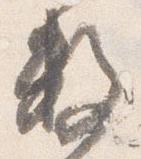
数